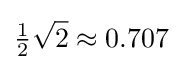
{\tfrac {1}{2}}{\sqrt {2}}\approx 0.707